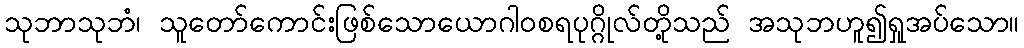
သုဘာသုဘံ၊ သူတော်ကောင်းဖြစ်သောယောဂါဝစရပုဂ္ဂိုလ်တို့သည် အသုဘဟူ၍ရှုအပ်သော။